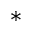
^ *